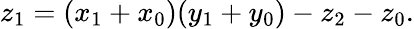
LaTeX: z_{1}=(x_{1}+x_{0})(y_{1}+y_{0})-z_{2}-z_{0}.